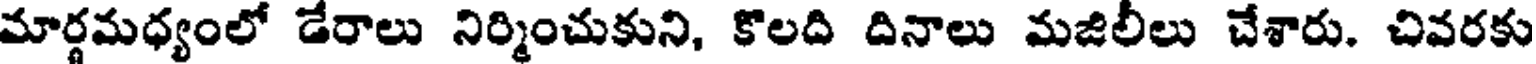
మార్థమధ్యంలో డేరాలు నిర్మించుకుని, కొలది దినాలు మజిలీలు చేశారు. చివరకు